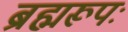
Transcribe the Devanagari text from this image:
ब्रह्मरूपः